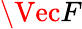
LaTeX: \Vec{F}